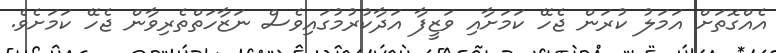
އެއްގޮތަށް އަމަލު ކުރަން ޖެހޭ ކަމަށާއި ވަޒީފާ އަދާކުރުމުގައިވެސް ނަޒާހަތްތެރިވާން ޖެހޭ ކަމަށެވެ.